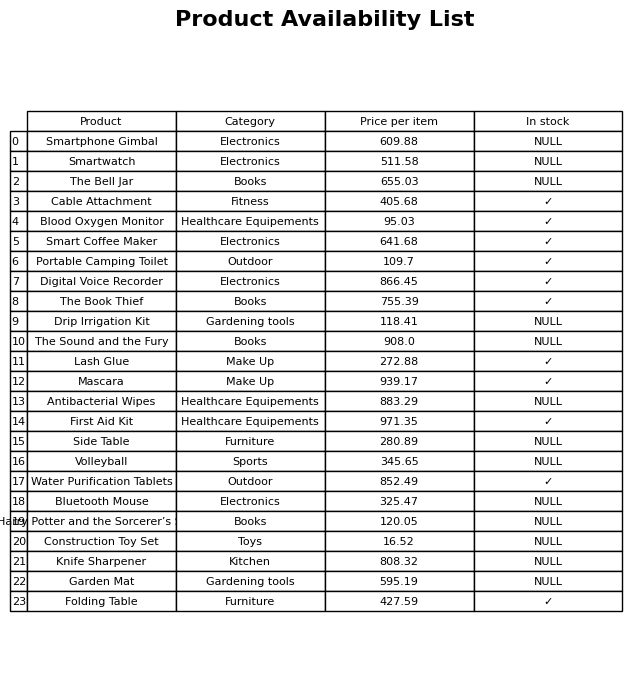
question: What is the price for Bluetooth Mouse?
answer: The price of Bluetooth Mouse is 325.47.